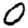
Digit: 0